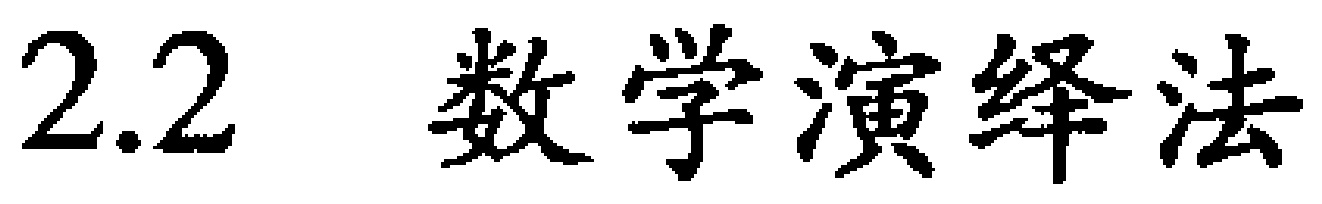
2.2  数学演绎法